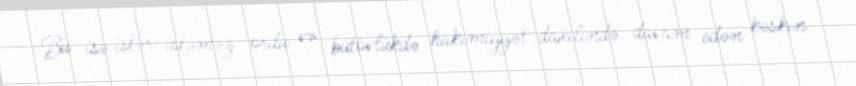
Bu isə istər-istəməz ordu və bütövlükdə hakimiyyət daxilində davam edən kəskin